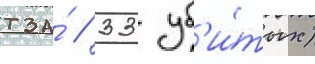
тза́ / 33 уб'и́тых)